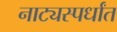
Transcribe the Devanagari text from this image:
नाट्यस्पर्धांत